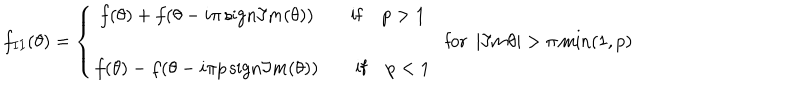
f _ { I I } ( \theta ) = \left\{ \begin{array} { c } { { f ( \theta ) + f ( \theta - i \pi \, \mathrm { s i g n } \Im m ( \theta ) ) \qquad \mathrm { i f } \quad p > 1 } } \\ { { f ( \theta ) - f ( \theta - i \pi p \, \mathrm { s i g n } \Im m ( \theta ) ) \qquad \mathrm { i f } \quad p < 1 } } \\ \end{array} \right. \: \textrm { f o r } \: | \Im m \theta | > \pi \min ( 1 , p )